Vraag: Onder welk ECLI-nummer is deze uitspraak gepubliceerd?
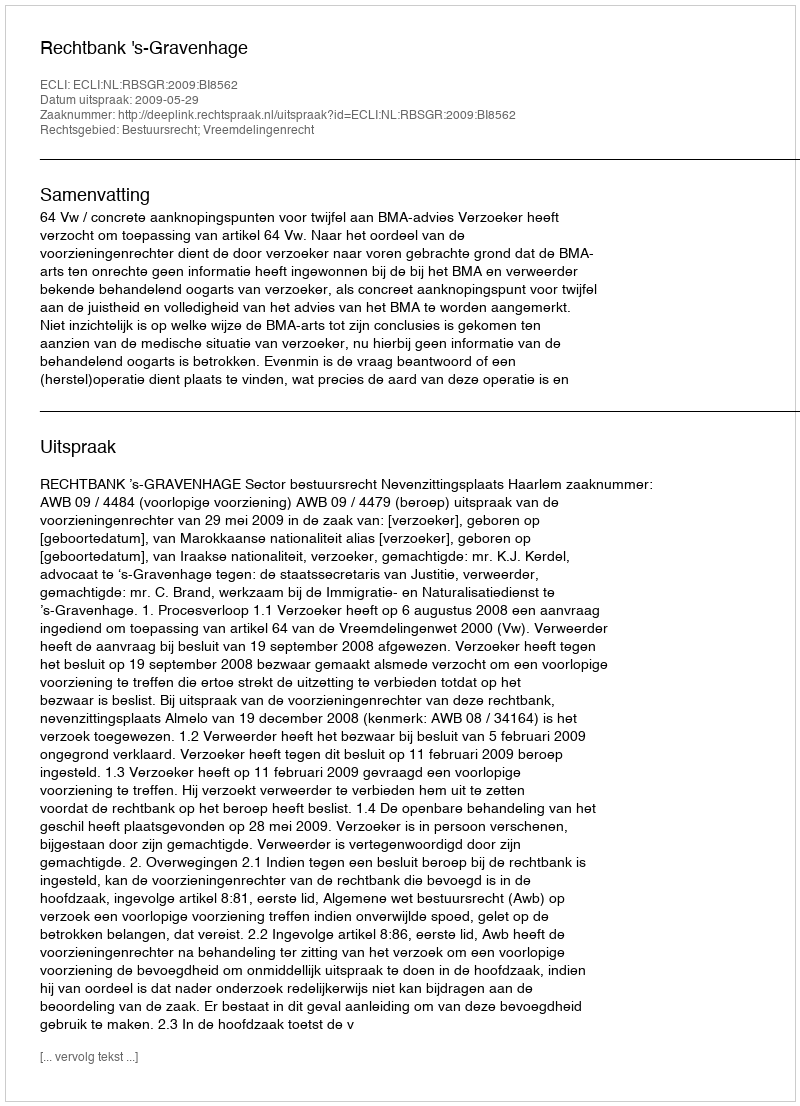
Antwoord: ECLI:NL:RBSGR:2009:BI8562